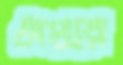
অপ্সর